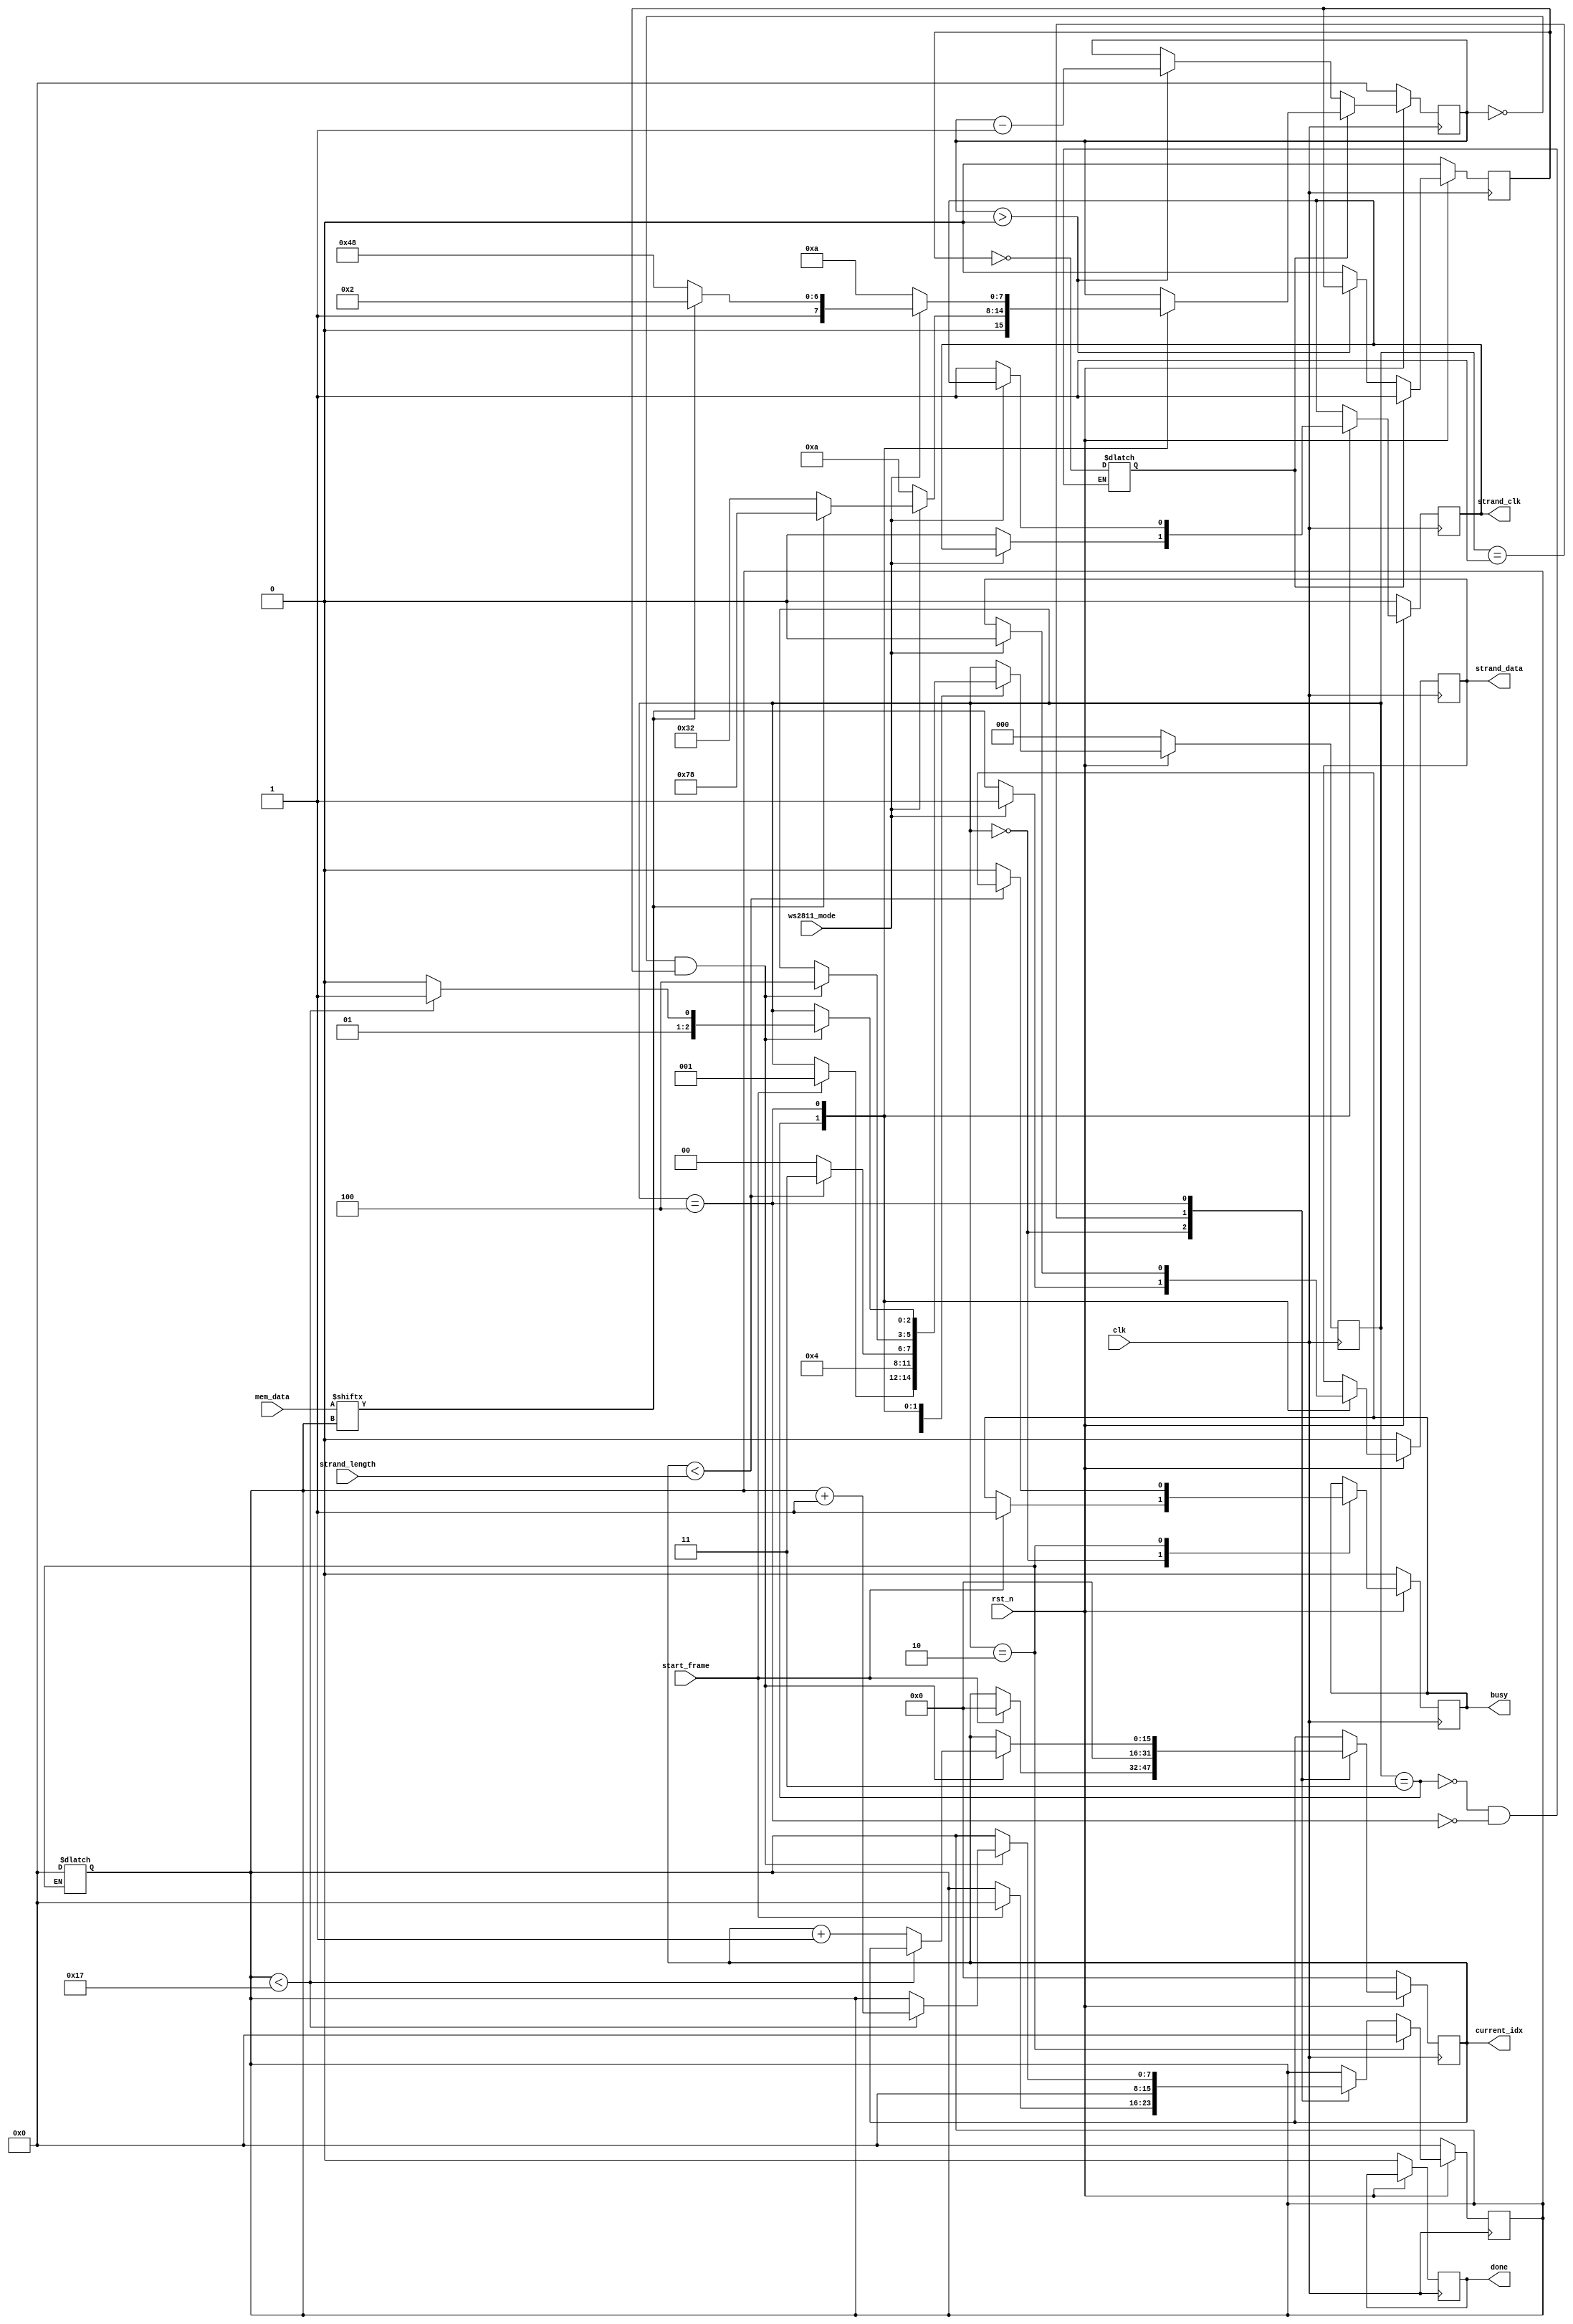
/**
 * Hydra - An open source strand lighting controller
 * (c) 2013-2014 Jon Evans <jon@craftyjon.com>
 * Released under the MIT License -- see LICENSE.txt for details.
 *
 * strand_driver.v - WS2801/WS2811 driver state machine
 *
 * Input clock is assumed to be 100 MHz, giving the following timings:
 * WS2811 T0H = 50, T0L = 200, T1H = 120, T1L = 130
 *
 * 
 * 
 */
 

  module strand_driver (
    clk,
    rst_n,
    ws2811_mode,
    strand_length,
    current_idx,
    mem_data,
    start_frame,
    busy,
    done,
    strand_clk,
    strand_data
    );

    parameter MEM_DATA_WIDTH = 24;
    parameter STRAND_PARAM_WIDTH = 16;

    input clk;
    input rst_n;

    // Parameter inputs (from registers)
    input ws2811_mode;
    input [STRAND_PARAM_WIDTH-1:0] strand_length;

    // Current pixel index (used to control the pixel RAM)
    output reg [STRAND_PARAM_WIDTH-1:0] current_idx;

    // Data in from the pixel RAM
    input [MEM_DATA_WIDTH-1:0] mem_data;

    // Toggle high to begin the state machine
    input start_frame;

    // Control outputs
    output reg busy;
    output reg done;

    // Outputs to IOB
    output reg strand_clk;
    output reg strand_data;

    // Locals
    reg [7:0] counter;
    reg [7:0] counter_preset;
    reg [7:0] bit_position;
    reg [2:0] current_state;
    reg [2:0] next_state;
    reg [MEM_DATA_WIDTH-1:0] current_data;
    reg strand_clk_i;
    reg strand_data_i;
    reg busy_i;
    reg [7:0] bit_position_i;
    reg [STRAND_PARAM_WIDTH-1:0] current_idx_i;
    reg counter_set_i;
    reg counter_running;

    wire words_to_decode;
    wire current_bit;

    // FSM
    localparam  STATE_IDLE = 3'b000,
                STATE_START = 3'b001,
                STATE_UNPACK = 3'b010,
                STATE_DECODE_1 = 3'b011,
                STATE_DECODE_2 = 3'b100;

    // Output timing
    localparam  T1H = 8'd120,  // WS2811 1-bit high period
                T1L = 8'd130,
                T0H = 8'd50,
                T0L = 8'd200,
                TRESET = 8'd255,
                TCLKDIV2 = 8'd10;

    // State machine
    always @(posedge clk) begin
        if (rst_n == 1'b0) begin
            current_idx <= { STRAND_PARAM_WIDTH {1'b0} };
            current_data <= { MEM_DATA_WIDTH {1'b0} };
            busy <= 1'b0;
            done <= 1'b0;
            strand_clk <= 1'b0;
            strand_data <= 1'b0;
            counter <= {8 {1'b0} };
            bit_position <= {8 {1'b0} };
            current_state <= STATE_IDLE;
            counter_running <= 1'b0;
        end
        else begin
            busy <= busy_i;
            current_idx <= current_idx_i;

            strand_clk <= strand_clk_i;
            strand_data <= strand_data_i;
            
            // Latch the new data word
            if (current_state == STATE_UNPACK) begin
                current_data <= mem_data;
                bit_position <= {8 {1'b0} };
            end else begin
                bit_position <= bit_position_i;
            end

            // Manage the timing counter
            if (counter_set_i == 1'b1) begin
                counter <= counter_preset;
                counter_running <= 1'b1;
            end else begin
                if (counter > 0) begin
                    counter <= counter - 1;
                end else begin
                    counter_running <= 1'b0;
                end
            end

            current_state <= next_state;
        end
    end

    assign words_to_decode = (current_idx < strand_length);
    assign current_bit = mem_data[bit_position];

    // Next state process
    always @(*) begin
        next_state = current_state;
        strand_data_i = strand_data;
        strand_clk_i = strand_clk;
        counter_preset = counter;
        busy_i = busy;
        bit_position_i = bit_position;
        current_idx_i = current_idx;

        case (current_state)
            STATE_IDLE: begin
                // Start transmission
                if (start_frame == 1'b1) begin
                    next_state = STATE_START;
                    busy_i = 1'b1;
                    current_idx_i = { STRAND_PARAM_WIDTH {1'b0} };
                    bit_position_i = {8 {1'b0} };
                end
            end
            STATE_START: begin
                // Perform any one-time initialization
                // TODO: does this need to exist?
                current_idx_i = { STRAND_PARAM_WIDTH {1'b0} };
                bit_position_i = {8 {1'b0} };
                next_state = STATE_UNPACK;
            end
            STATE_UNPACK: begin
                // Grab the next pixel word
                if (words_to_decode == 1'b1) begin
                    next_state = STATE_DECODE_1;
                end else begin
                    next_state = STATE_IDLE;
                    busy_i = 0;
                end

                // Reset the bit position counter at the beginning of each word
                bit_position = {8 {1'b0} };
            end
            STATE_DECODE_1: begin
                // First output phase.
                if (ws2811_mode == 1'b1) begin
                    // WS2811? D <= 1, T <= (bit==1) ? T1H : T0H
                    if (current_bit == 1'b1) begin
                        counter_preset = T1H;
                    end else begin
                        counter_preset = T0H;
                    end
                    strand_data_i = 1'b1;
                end else begin
                    // WS2812? D <= bit, C <= 0, T <= TCLKDIV2
                    strand_data_i = mem_data[bit_position];
                    strand_clk_i = 1'b0;
                    counter_preset = TCLKDIV2;
                end

                counter_set_i = !counter_running;

                if (counter == 0 && counter_running) begin
                    next_state = STATE_DECODE_2;
                end
            end
            STATE_DECODE_2: begin
                // Second output phase.
                // WS2811? D <= 0, T <= (bit==1) ? T1L: T0L
                // WS2812? C <= 0, T <= TCLKDIV2
                if (ws2811_mode == 1'b1) begin
                    if (mem_data[bit_position] == 1'b1) begin
                        counter_preset = T1L;
                    end else begin
                        counter_preset = T0L;
                    end
                    strand_data_i = 1'b0;
                end else begin
                    // Toggle the clock high; data remains the same
                    strand_data_i = strand_data;
                    strand_clk_i = 1'b1;
                    counter_preset = TCLKDIV2;
                end

                // Advance the bit index
                if (counter == 0 && counter_running) begin
                    if (bit_position < 8'd23) begin
                        next_state = STATE_DECODE_1;
                        bit_position_i = bit_position + 1;
                    end else begin
                        next_state = STATE_UNPACK;
                        current_idx_i = current_idx + 1;
                    end
                end

                counter_set_i = !counter_running;
            end
        endcase
    end

 endmodule